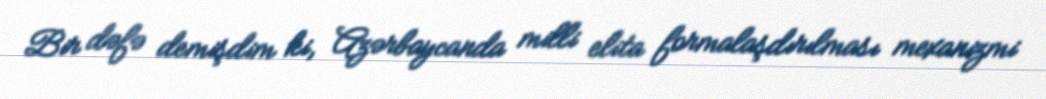
Bir dəfə demişdim ki, Azərbaycanda milli elita formalaşdırılması mexanizmi